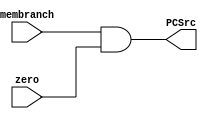
`timescale 1ns / 1ps

module AND(
    input wire membranch, zero,
    output wire PCSrc
   );
   
   assign PCSrc = membranch & zero;
   
endmodule